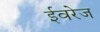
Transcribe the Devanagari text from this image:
ईवरेज